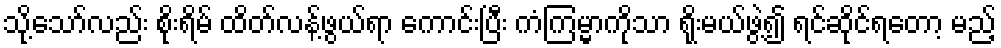
သို့သော်လည်း စိုးရိမ် ထိတ်လန့်ဖွယ်ရာ ကောင်းပြီး ကံကြမ္မာကိုသာ ရိုးမယ်ဖွဲ့၍ ရင်ဆိုင်ရတော့ မည့်